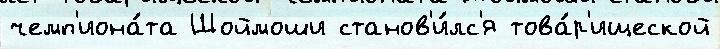
чемп'иона́та Шоймоши станов'и́лс'я това́р'ищеской